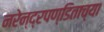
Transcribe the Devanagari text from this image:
नरेन्द्रपण्डिताच्या